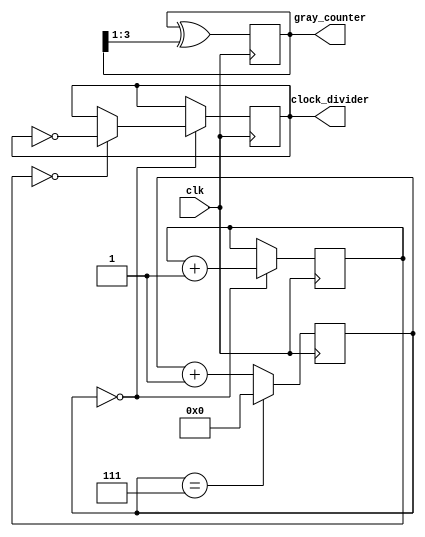
module Timing_Control_Synchronization (
    input wire clk,
    output reg [3:0] gray_counter,
    output reg clock_divider
);

reg [3:0] gray_counter_reg;
reg [23:0] counter;
reg [7:0] divider_counter;

always @(posedge clk) begin
    // Gray counter
    gray_counter_reg <= gray_counter_reg ^ (gray_counter_reg >> 1);
    
    // Clock divider
    if(divider_counter == 0) begin
        counter <= counter + 1;
        if(counter == 0) begin
            clock_divider <= ~clock_divider;
        end
    end
    divider_counter <= divider_counter + 1;
    if(divider_counter == 7) begin
        divider_counter <= 0;
    end
end

assign gray_counter = gray_counter_reg;

endmodule